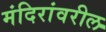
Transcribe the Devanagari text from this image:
मंदिरांवरील